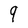
Character: 9